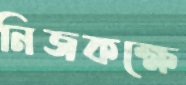
নিজকক্ষে